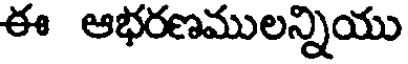
ఈ ఆభరణములన్నియు